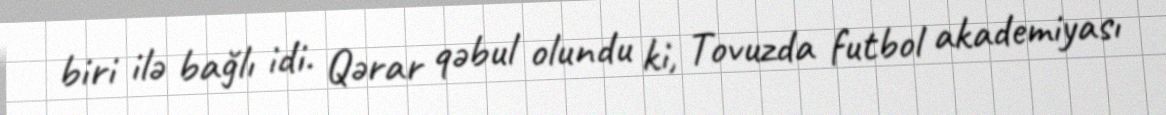
biri ilə bağlı idi. Qərar qəbul olundu ki, Tovuzda futbol akademiyası